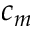
c _ { m }